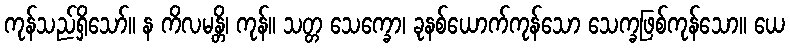
ကုန်သည်ရှိသော်။ န ကိလမန္တိ၊ ကုန်။ သတ္တ သေက္ခော၊ ခုနစ်ယောက်ကုန်သော သေက္ခဖြစ်ကုန်သော။ ယေ